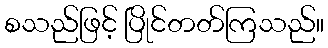
စသည်ဖြင့် ပြိုင်တတ်ကြသည်။